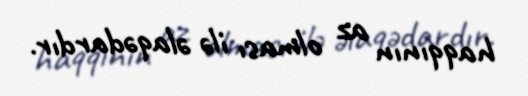
haqqının az olması ilə əlaqədardır.